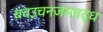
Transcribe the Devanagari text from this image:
बवउचनजमतद्ध